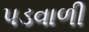
પડવાળી